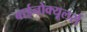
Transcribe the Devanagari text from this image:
बाईनोक्यूलर्स